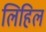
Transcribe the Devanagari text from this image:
लिहिल